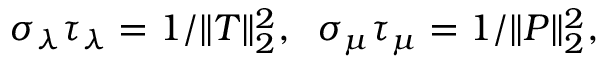
\sigma _ { \lambda } \tau _ { \lambda } = 1 / \| T \| _ { 2 } ^ { 2 } , \; \; \sigma _ { \mu } \tau _ { \mu } = 1 / \| P \| _ { 2 } ^ { 2 } ,